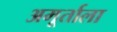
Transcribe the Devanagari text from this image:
अमूर्ताला